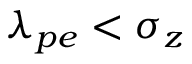
\lambda _ { p e } < \sigma _ { z }